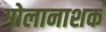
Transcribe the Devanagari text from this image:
गोलानाशक